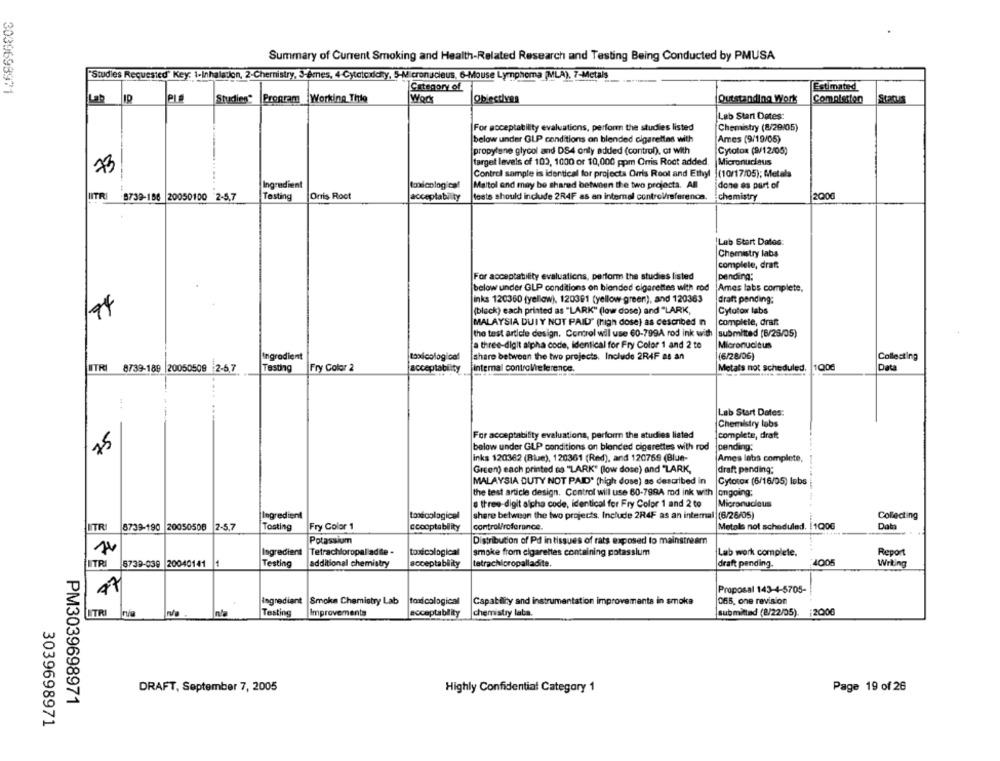
Summary of Current Smoking and Health-Related Research and Testing Being Conducted by PMUSA
"Studies Requested" Key: 1-Inhalation, 2-Chernistry, 3-emnes, 4-Cytotoxichy, 5-Micronucleus, 6-Mouse Lymphoma (MLA), 7-Metals
3039698971
Category of
Estimated
Studies* Program Working Thle
Wod
Objectives
Outstanding Work
Completion
Status
Lab Start Dates:
For acceptability evaluations, perform the studies listed
Chemistry (8/29/05)
below under GLP conditions an blended cigarettes with
Ames (9/19/05)
propylene glycol and DS4 only added (control), or with
Cytotox (9/12/05)
target levels of 103, 1000 or 10,000 ppm Orris Roct added.
Micronucleus
Control sample is identical for projects Orris Root and Ethyl
(10/17/05); Metals
Ingredient
toxicological
Maltol and may be shared between the two projects. All
done as part of
NITRI
8739-186 20050100 2-5,7
Tasting
Orris Root
acceptability
tests should include 2R4F as an internal control/referenca
chemistry
200
Lab Start Datos
Chemistry labs
complete, draft
pending:
For acceptability evaluations, perform the studies listed
below under GLP conditions on blended cigarettes with rod
Ames labs complete,
links 120360 (yellow), 120391 (yellow-green), and 120363
draft panding:
(black) each printed as "LARK" (low dose) and "LARK,
Cytotow labs
MALAYSIA DUIY NOT PAID" (high dose) as described n
complete, draft
the test article design. Control will use 60-799A rod ink with
submitted [6/25/05)
a three-digit alpha code, identical for Fry Color 1 and 2 to
Micronucleus
Ingredient
toodcological
share between the two projects. Include 2RAF as an
(6/28/06)
Collecting
1000
UTRI
8739-189 20050509 2-57
Testing
Fry Color 2
acceptability
internal controlreference.
Metals not scheduled.
Data
Lab Start Dates:
Chemistry labs
For acceptability evaluations, perform the studies listed
complete, draft
15
below under GLP conditions on blended cigarettes with rod
pending:
Inks 120362 (Blue), 120361 (Red), and 120769 (Blue-
Ames labs complete,
Green) each printed es "LARK" [low dose) and "LARK,
draft pending:
MALAYSIA DUTY NOT PAID" (high dose) as described in
Cytotox (6/16/05) labs
the test article design. Control will use 60-799A mod ink with |ongoing;
Micronucleus
a three-digit alpha code, identical for Fry Color 1 and 2 to
Ingredient
todoologicel
share between the two projects. Include 2R4F as an internal (6/26/05)
Collecting
ITR
8739-190 20050508
2-5,7
Tosting
Fry Color 1
ccooptability
control/roferance.
Metals not scheduled. [1Q0G
Data
Potassium
Distribution of Pd in tissues of rats exposed to mainstream
Ingredient Tetrachloropalladie -
toudcological
smoke from cigarettes containing potassium
Lab work complete.
Report
TRI
5739-039 20040141 1
Testing
additional chemistry
acceptability
tatrachipropalladite.
draft pending.
1005
Writing
Proposal 143-4-5705-
Ingrediant Smoke Chemistry Lab
toxicological
Capability and instrumentation improvements in smoke
065, one revision
TRI
Testing
Improvements
acceptability
chemistry laba.
submitted (2/22/05). ; 2006
DRAFT, September 7, 2005
Highly Confidential Category 1
Page 19 of 26
PM3039698971
3039698971